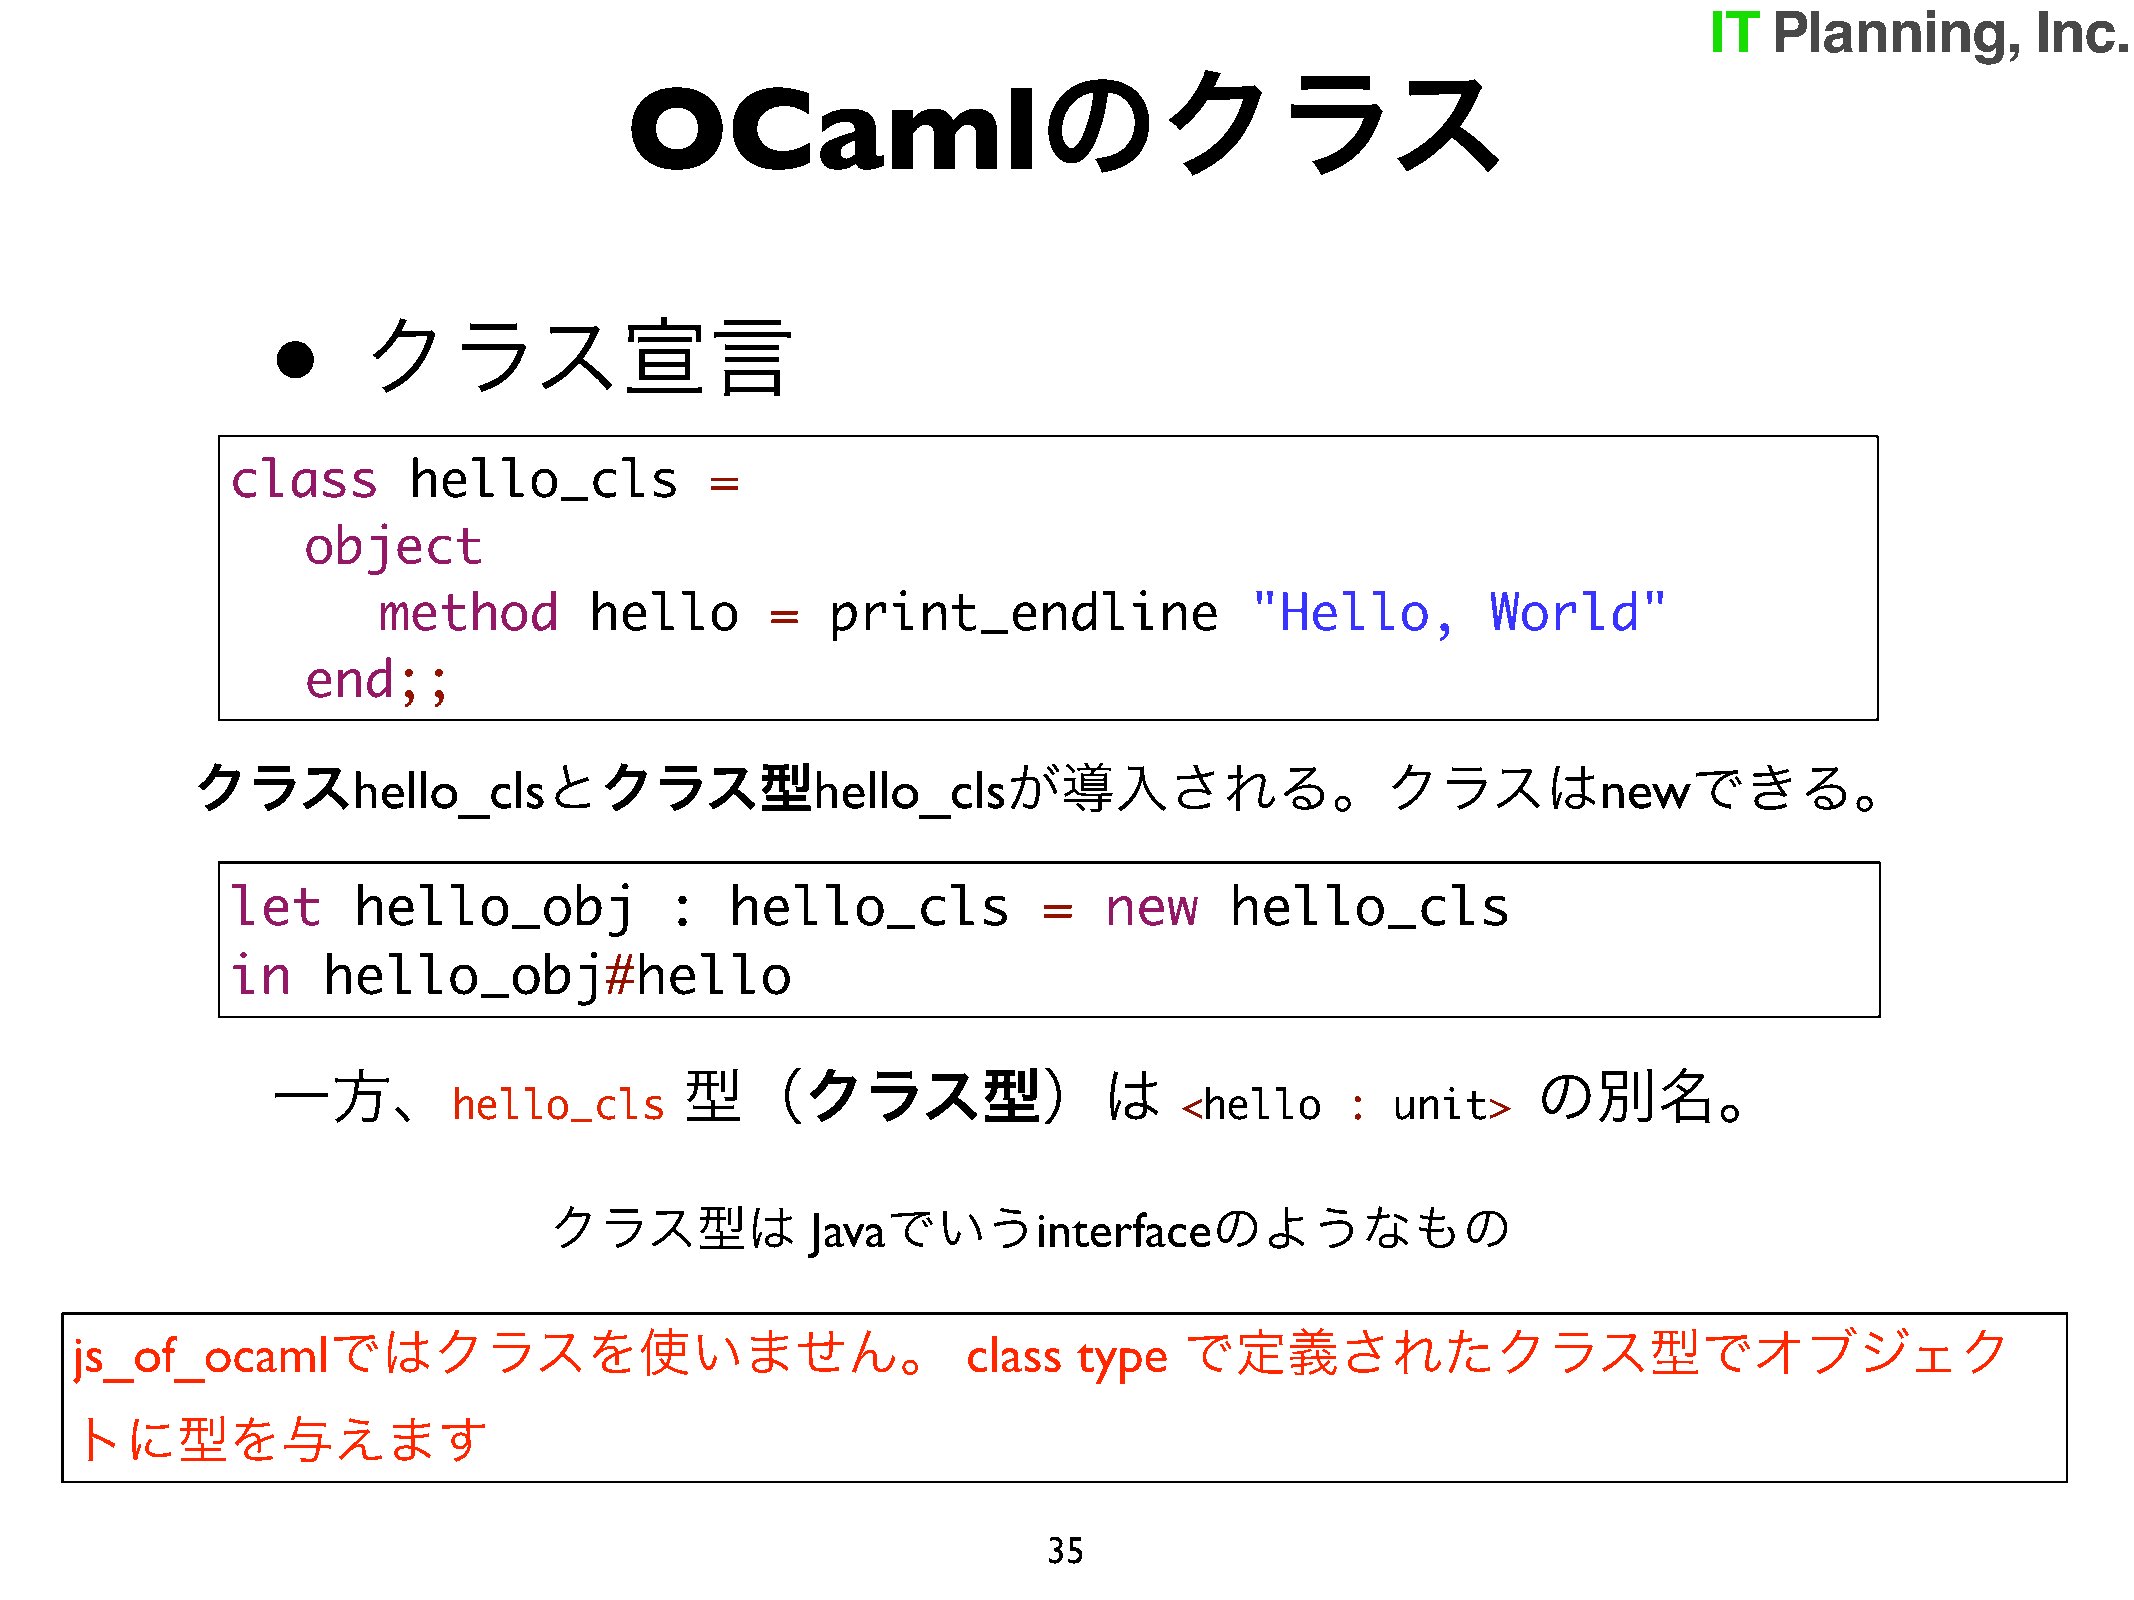
のクラス
 OCaml
 •
 クラス宣言
 class       hello_cls           =
 object
 method        hello       =   print_endline               "Hello,         World"
 end;;
 クラスhello_clsとクラス型hello_clsが導入される。クラスはnewできる。
 let     hello_obj            :   hello_cls            =   new     hello_cls
 in    hello_obj#hello
 一方、                        型（クラス型）は                                                 の別名。
 hello_cls                                       <hello     :  unit>
 クラス型は             Javaでいうinterfaceのようなもの
 js_of_ocamlではクラスを使いません。                                    class  type   で定義されたクラス型でオブジェク
 トに型を与えます
 35